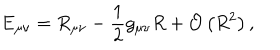
LaTeX: \mathrm { E } _ { \mu \nu } = R _ { \mu \nu } - \frac { 1 } { 2 } g _ { \mu \nu } R + { \cal O } \left( R ^ { 2 } \right) , \qquad